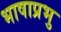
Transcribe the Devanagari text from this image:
भाषाप्रभु